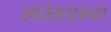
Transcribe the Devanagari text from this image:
अधेडवस्था